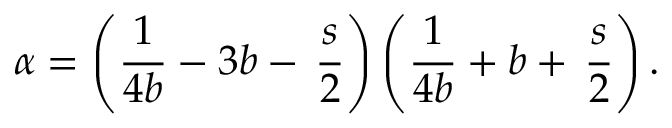
\alpha = \left( { \frac { 1 } { 4 b } } - 3 b - \, \frac { s } { 2 } \right) \left( { \frac { 1 } { 4 b } } + b + \, \frac { s } { 2 } \right) .